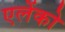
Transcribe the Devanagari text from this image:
एलेंको